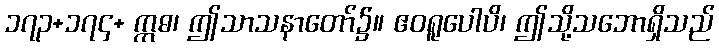
၁၇၃+၁၇၄+ ဣဓ၊ ဤသာသနာတော်၌။ ဧဝရူပေါပိ၊ ဤသို့သဘောရှိသည်